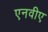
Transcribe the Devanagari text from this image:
एनवीए